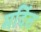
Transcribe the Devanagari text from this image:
मर्दित